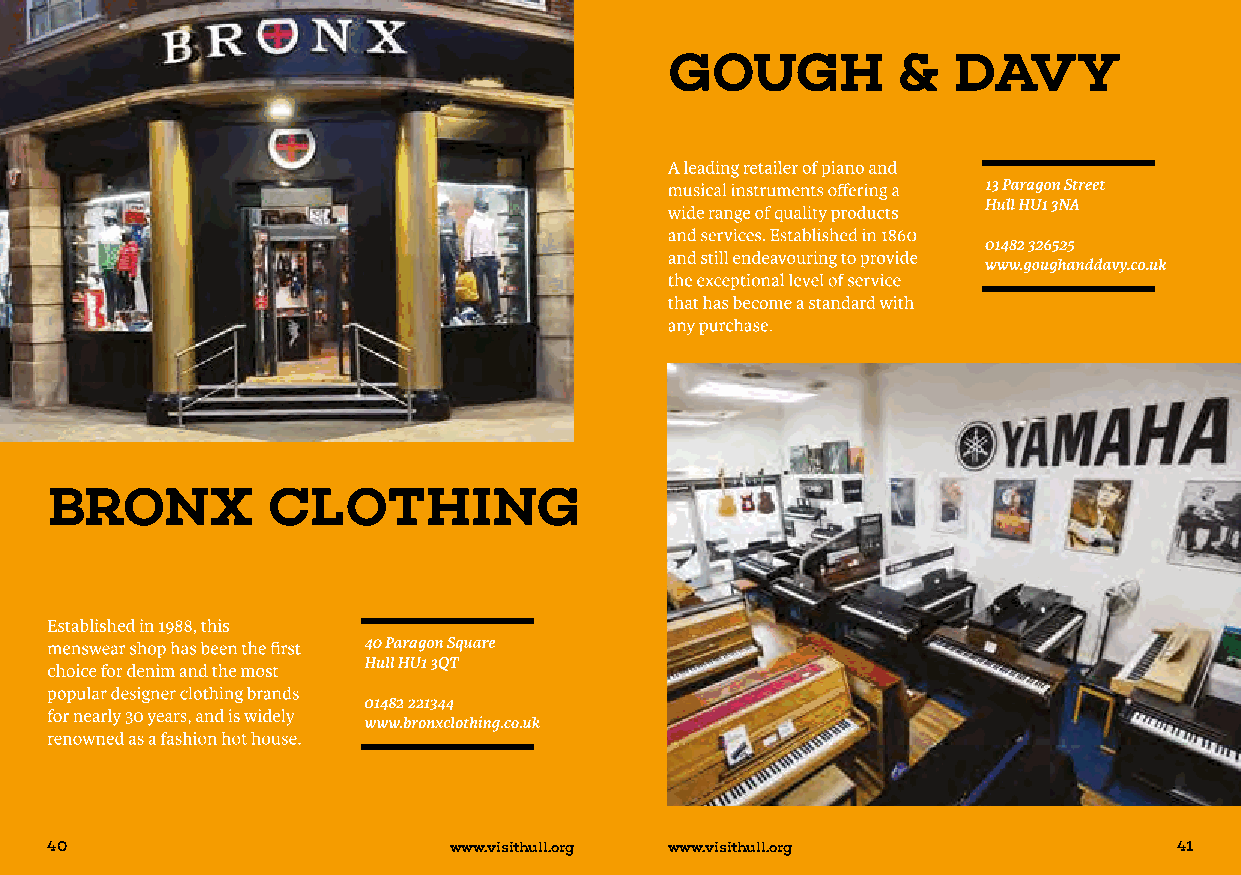
40                         www.visithull.org www.visithull.org             41